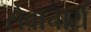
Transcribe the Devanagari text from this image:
सेवाचार्य